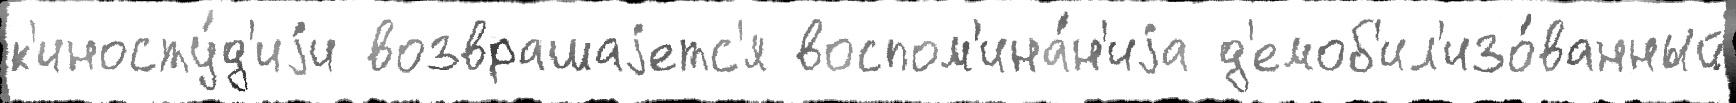
к'иносту́д'иjи возврашаjетс'я воспом'ина́н'иjа д'емоб'ил'изо́ванный